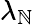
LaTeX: \lambda_{\mathbb{N}}